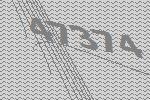
47374